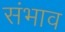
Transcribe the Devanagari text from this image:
संभाव